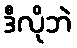
ဒီလိုဘဲ